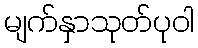
မျက်နှာသုတ်ပုဝါ